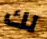
لك